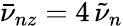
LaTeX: \bar{\nu}_{nz}=4\, \tilde{\nu}_{n}